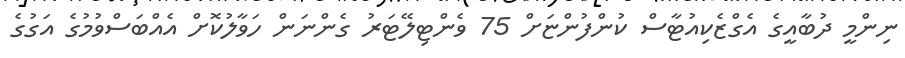
ނިންމީ ދުބާއީގެ އެގްޒެކިއުޓާސް ކުންފުންޏަށް 75 ވެންޓިލޭޓަރު ގެންނަން ހަވާލުކޮށް އެއްބަސްވުމުގެ އަގުގެ